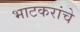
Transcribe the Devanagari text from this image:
भाटकरांचे